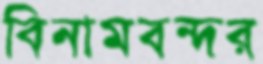
বিনামবন্দর